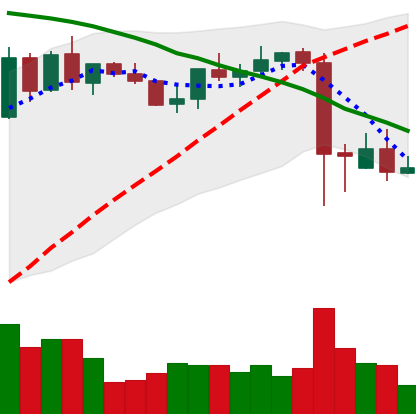
Ticker: BNB-USD
Chart end date: 2021-09-11
Forward return: 4.715%
Label: up_3_5